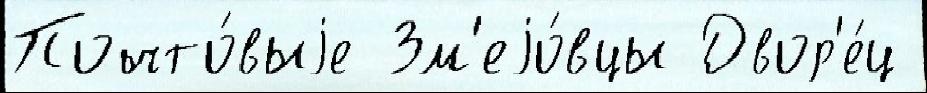
Почто́выjе Зм'еjо́вцы Двор'е́ц